Lunatic asylums Punjab 1881-1894 - 1881-1894
Year: 1881
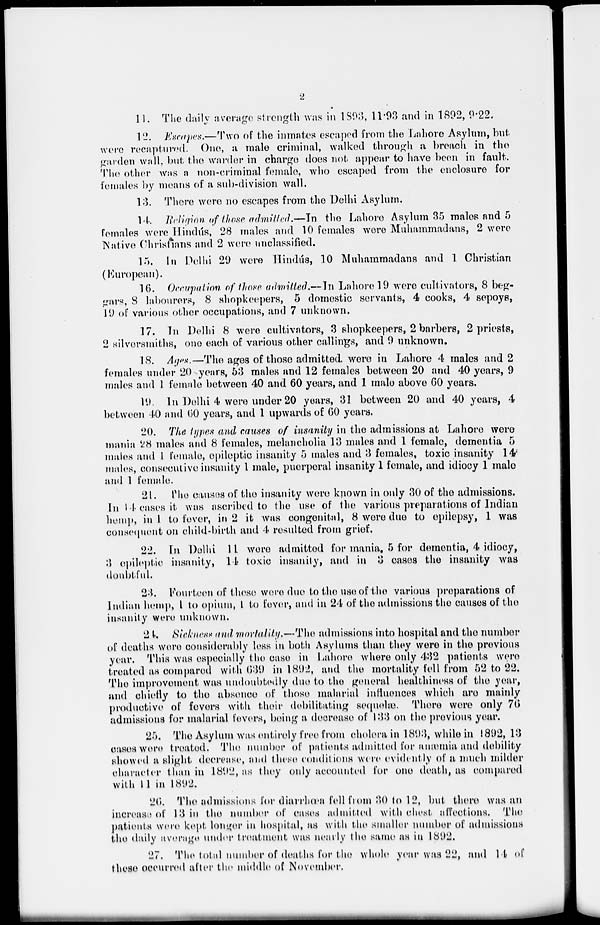
2
11. The daily average strength was in 1893, 11.93 and in 1892, 9.22,
12. Escapes.—Two of the inmates escaped from the Lahore Asylum, but
were recaptured. One, a male criminal, walked through a breach in the
garden wall, but the warder in charge does not appear to have been in fault.
The other was a non-criminal female, who escaped from the enclosure for
females by means of a sub-division wall.
13. There were no escapes from the Delhi Asylum.
14. Religion of those admitted—In the Lahore Asylum 35 males and 5
females were Hindus, 28 males and 10 females were Muhammadans, 2 were
Native Christians and 2 were unclassified.
15. In Delhi 29 were Hindús, 10 Muhammadans and 1 Christian
(European).
16. Occupation of those admitted.—In Lahore 19 were cultivators, 8 beg-
gars, 8 labourers, 8 shopkeepers, 5 domestic servants, 4 cooks, 4 sepoys,
19 of various other occupations, and 7 unknown.
17. In Delhi 8 were cultivators, 3 shopkeepers, 2 barbers, 2 priests,
2 silversmiths, one each of various other callings, and 9 unknown.
18. Ages.—The ages of those admitted, were in Lahore 4 males and 2
females under 20 years, 53 males and 12 females between 20 and 40 years, 9
males and 1 female between 40 and 60 years, and 1 male above 60 years.
19. In Delhi 4 were under 20 years, 31 between 20 and 40 years, 4
between 40 and 00 years, and 1 upwards of 60 years.
20. The types and causes of insanity in the admissions at Lahore were
mania 28 males and 8 females, melancholia 13 males and 1 female, dementia 5
males and 1 female, epileptic insanity 5 males and 3 females, toxic insanity 14
males, consecutive insanity 1 male, puerperal insanity 1 female, and idiocy 1 male
and 1 female.
21. The causes of the insanity were known in only 30 of the admissions.
In 14 cases it was ascribed to the use of the various preparations of Indian
hemp, in 1 to fever, in 2 it was congenital, 8 were due to epilepsy, 1 was
consequent on child-birth and 4 resulted from grief.
22. In Delhi 11 were admitted for mania, 5 for dementia, 4 idiocy,
3 epileptic insanity, 14 toxic insanity, and in 3 cases the insanity was
doubtful.
23. Fourteen of these were due to the use of the various preparations of
Indian hemp, 1 to opium, 1 to fever, and in 24 of the admissions the causes of the
insanity were unknown.
24. Sickness and mortality.—The admissions into hospital and the number
of deaths were considerably less in both Asylums than they were in the previous
year. This was especially the case in Lahore where only 432 patients were
treated as compared with 639 in 1892, and the mortality fell from 52 to 22.
The improvement was undoubtedly due to the general healthiness of the year,
and chiefly to the absence of those malarial influences which are mainly
productive of fevers with their debilitating sequelæ. There were only 76
admissions for malarial fevers, being a decrease of 133 on the previous year.
25. The Asylum was entirely free from cholera in 1893, while in 1892, 13
cases were treated. The number of patients admitted for anæmia and debility
showed a slight decrease, and these conditions were evidently of a much milder
character than in 1892, as they only accounted for one death, as compared
with 11 in 1892.
26. The admissions for diarrhœa fell from 30 to 12, but there was an
increase of 13 in the number of cases admitted with chest affections. The
patients were kept longer in hospital , as with the smaller number of admissions
the daily average under treatment was nearly the same as in 1892.
27. The total number of deaths for the whole year was 22, and 14 of
these occurred after the middle of November.